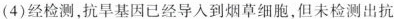
(4)经检测，抗旱基因已经导入到烟草细胞，但未检测出抗